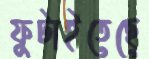
ফুটাইতেছে